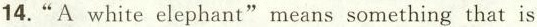
14. "A white elephant"means something that is